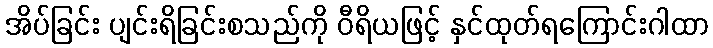
အိပ်ခြင်း ပျင်းရိခြင်းစသည်ကို ဝီရိယဖြင့် နှင်ထုတ်ရကြောင်းဂါထာ